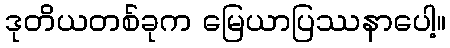
ဒုတိယတစ်ခုက မြေယာပြဿနာပေါ့။